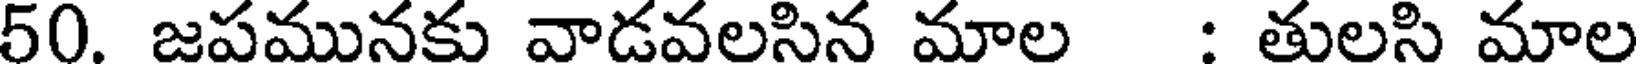
50. జపమునకు వాడవలసిన మాల : తులసి మాల